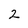
Character: 2